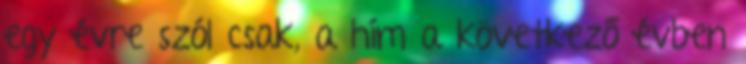
egy évre szól csak, a hím a következő évben